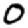
Digit: 0